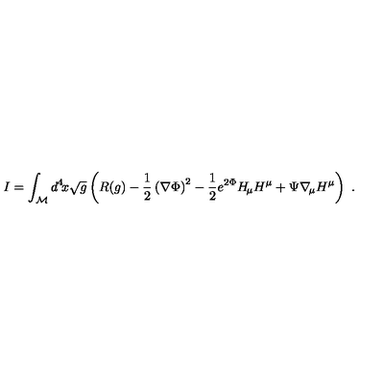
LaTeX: I = \int _ { \cal { M } } d ^ { 4 } \! x \sqrt { g } \left( R ( g ) - { \frac { 1 } { 2 } } \left( \nabla \Phi \right) ^ { 2 } - { \frac { 1 } { 2 } } e ^ { 2 \Phi } H _ { \! \mu } H ^ { \mu } + \Psi \nabla _ { \! \mu } H ^ { \mu } \right) \ .